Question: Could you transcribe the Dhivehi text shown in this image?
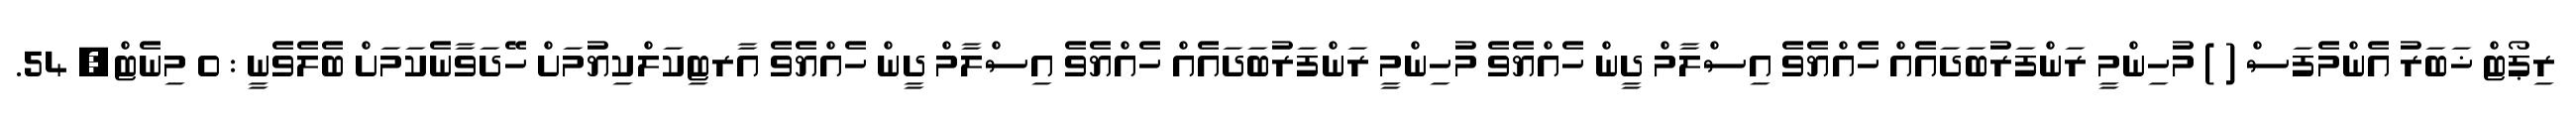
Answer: ރިޕޯޓް ޚަބަރު އެންމެފަސް ( ) މުހިންމީ ރަންފަރުބަދައެއް ހެއްޔެވެ އިސްލާމް ދީން ހެއްޔެވެ މުހިންމީ ރަންފަރުބަދައެއް ހެއްޔެވެ އިސްލާމް ދީން ހެއްޔެވެ އާރޓިކަލްކިޔުމަށް ހޭދަވާނެކަމަށް ބެލެވެނީ : 0 މިނެޓް, 54.